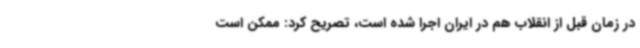
در زمان قبل از انقلاب هم در ایران اجرا شده است، تصریح کرد: ممکن است